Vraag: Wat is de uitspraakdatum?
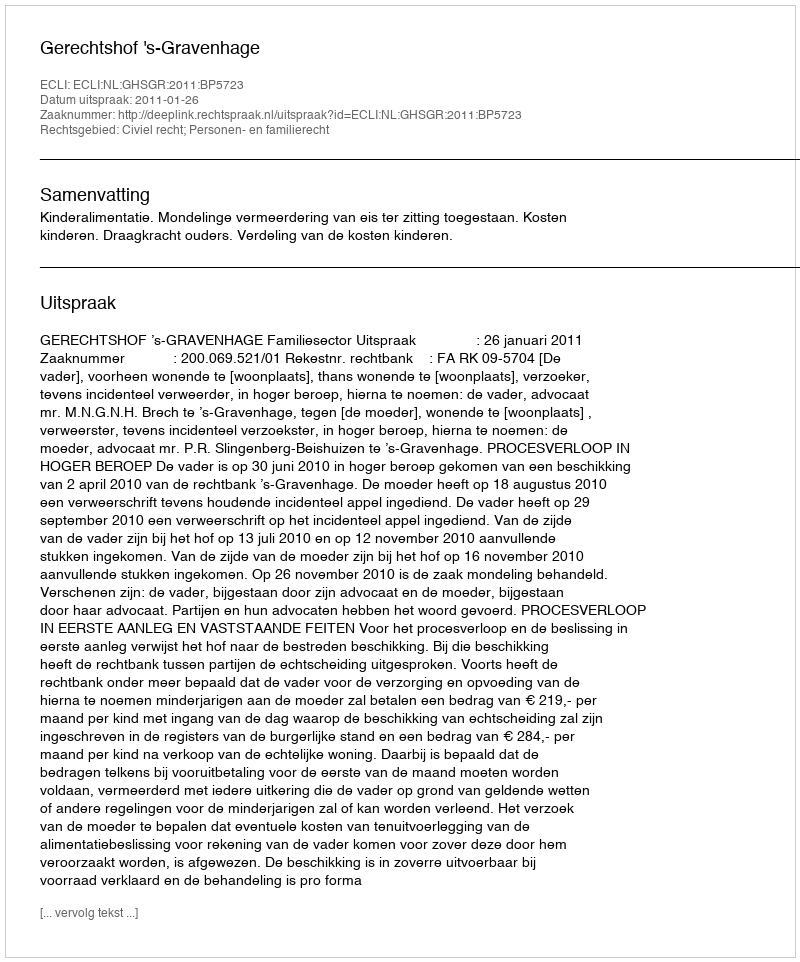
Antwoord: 2011-01-26